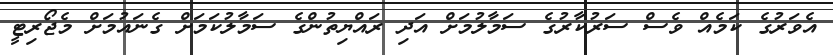
އެވަރުގެ ކަމެއް ވެސް ސަރުކާރުގެ ސަމާލުމަށް އަދި ރައްޔިތުންގެ ސަމާލުކަމަށް ގެނައުމަށް މެޖޯރިޓީ